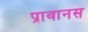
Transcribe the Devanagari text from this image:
प्रावानस